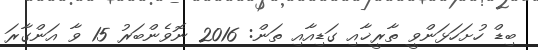
ބިޑް ހުށަހަޅަންވީ ތާރީޚާއި ގަޑިއާއި ތަން: 2016 ނޮވެންބަރު 15 ވާ އަންގާރަ